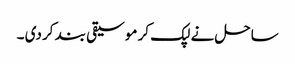
ساحل نے لپک کر موسیقی بند کر دی ۔